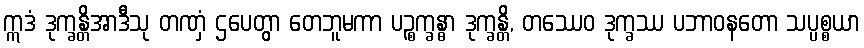
ဣဒံ ဒုက္ခန္တိအာဒီသု တဏှံ ဌပေတွာ တေဘူမကာ ပဉ္စက္ခန္ဓာ ဒုက္ခန္တိ, တဿေဝ ဒုက္ခဿ ပဘာဝနတော သပ္ပစ္စယာ